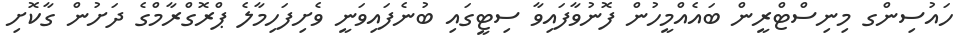
ހައުސިންގ މިނިސްޓްރީން ބައެއްމީހުން ފޮނުވާފައިވާ ސިޓީގައި ބުނެފައިވަނީ ވެށިފަހިމާލެ ޕްރޮގްރާމްގެ ދަށުން ގާކޮށި